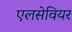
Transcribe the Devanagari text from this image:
एलसेवियर